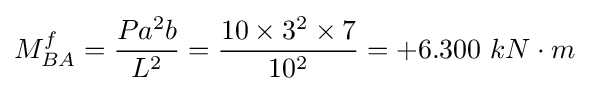
M_{BA}^{f}={\frac {Pa^{2}b}{L^{2}}}={\frac {10\times 3^{2}\times 7}{10^{2}}}=+6.300\ kN\cdot m